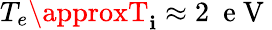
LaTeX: T_{e}\approxT_{\mathbf{i}}\approx2\ \mathrm{{~e~V~}}